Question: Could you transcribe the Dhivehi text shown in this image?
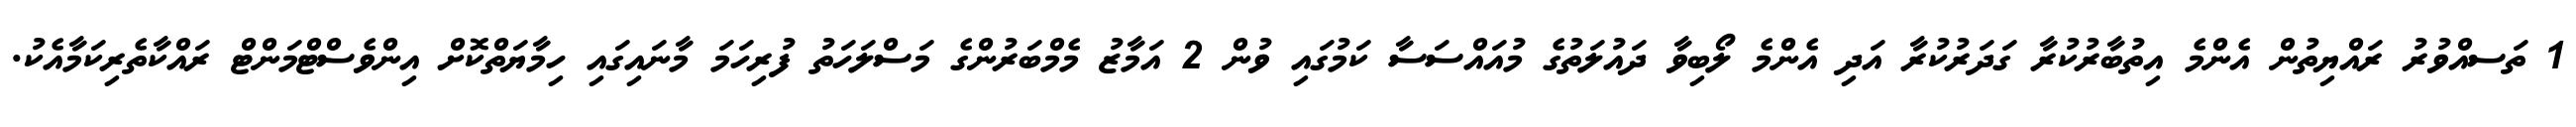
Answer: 1 ތަސއްވުރު ރައްޔިތުން އެންމެ އިތުބާރުކުރާ ގަދަރުކުރާ އަދި އެންމެ ލޯބިވާ ދައުލަތުގެ މުއައްސަސާ ކަމުގައި ވުން 2 އަމާޒު މެމްބަރުންގެ މަސްލަހަތު ފުރިހަމަ މާނައިގައި ހިމާޔަތްކޮށް އިންވެސްޓްމަންޓް ރައްކާތެރިކަމާއެކު.